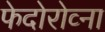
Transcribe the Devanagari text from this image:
फेदोरोव्ना